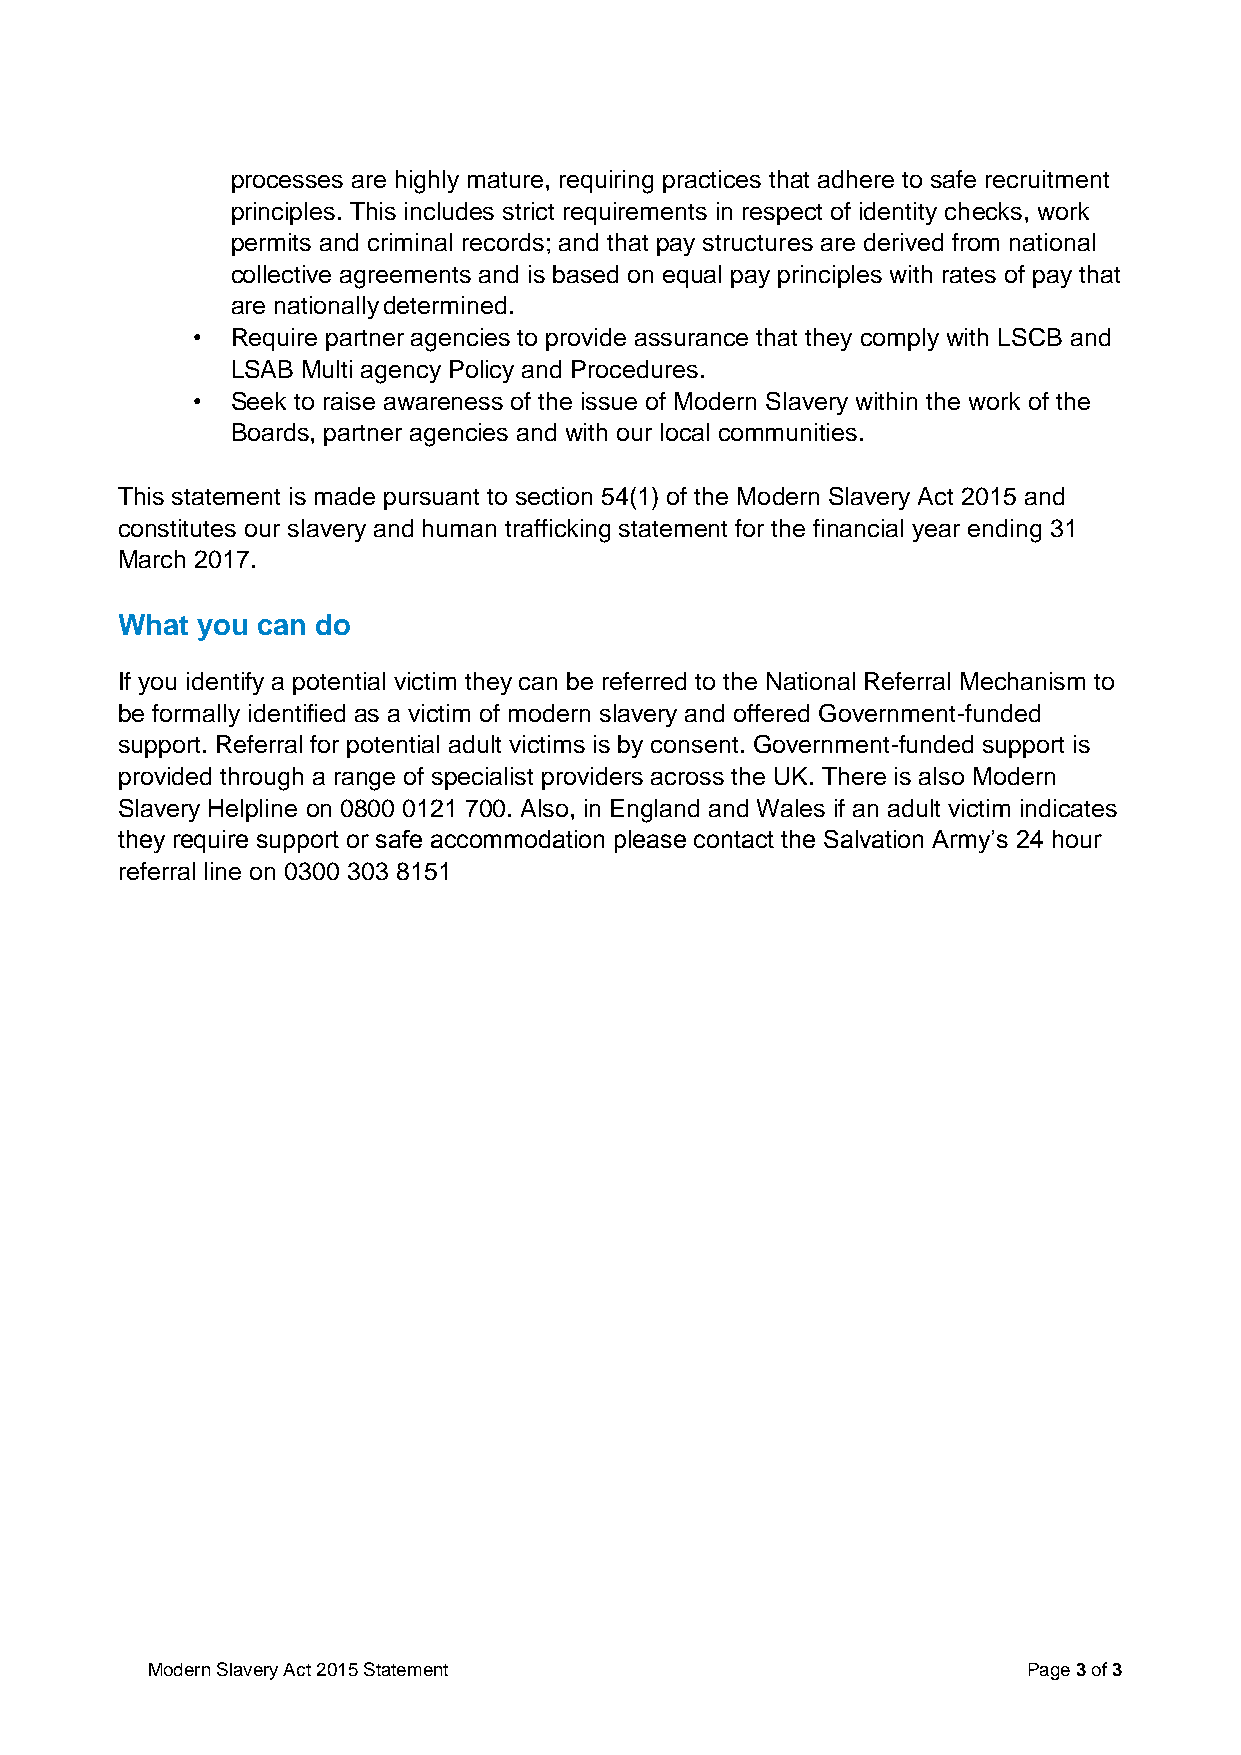
processes are highly mature, requiring practices that adhere to safe recruitment
 principles. This includes strict requirements in respect of identity checks, work
 permits and criminal records; and that pay structures are derived from national
 collective agreements and is based on equal pay principles with rates of pay that
 are nationally determined.
 • Require partner agencies to provide assurance that they comply with LSCB and
 LSAB Multi agency Policy and Procedures.
 • Seek to raise awareness of the issue of Modern Slavery within the work of the
 Boards, partner agencies and with our local communities.
 This statement is made pursuant to section 54(1) of the Modern Slavery Act 2015 and
 constitutes our slavery and human trafficking statement for the financial year ending 31
 March 2017.
 What you can do
 If you identify a potential victim they can be referred to the National Referral Mechanism to
 be formally identified as a victim of modern slavery and offered Government-funded
 support. Referral for potential adult victims is by consent. Government-funded support is
 provided through a range of specialist providers across the UK. There is also Modern
 Slavery Helpline on 0800 0121 700. Also, in England and Wales if an adult victim indicates
 they require support or safe accommodation please contact the Salvation Army’s 24 hour
 referral line on 0300 303 8151
 Modern Slavery Act 2015 Statement                         Page 3 of 3